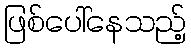
ဖြစ်ပေါ်နေသည့်